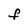
Character: F